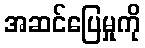
အဆင်ပြေမှုကို